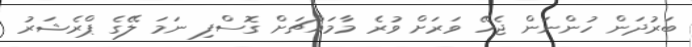
ބަރުދަން ހުންނަން ޖެހޭ ވަރަށް ވުރެ މާމައްޗަށް ގޮސްފި ނަމަ ލޭގެ ޕްރެޝަރު